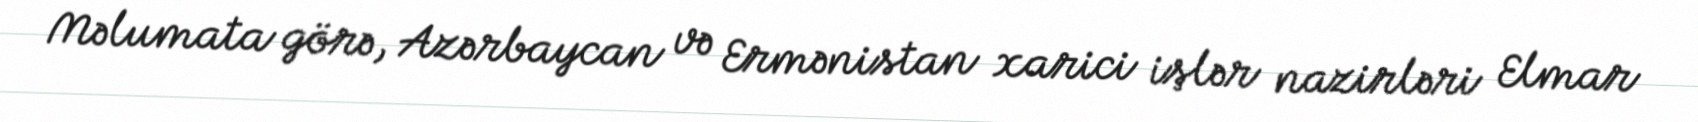
Məlumata görə, Azərbaycan və Ermənistan xarici işlər nazirləri Elmar